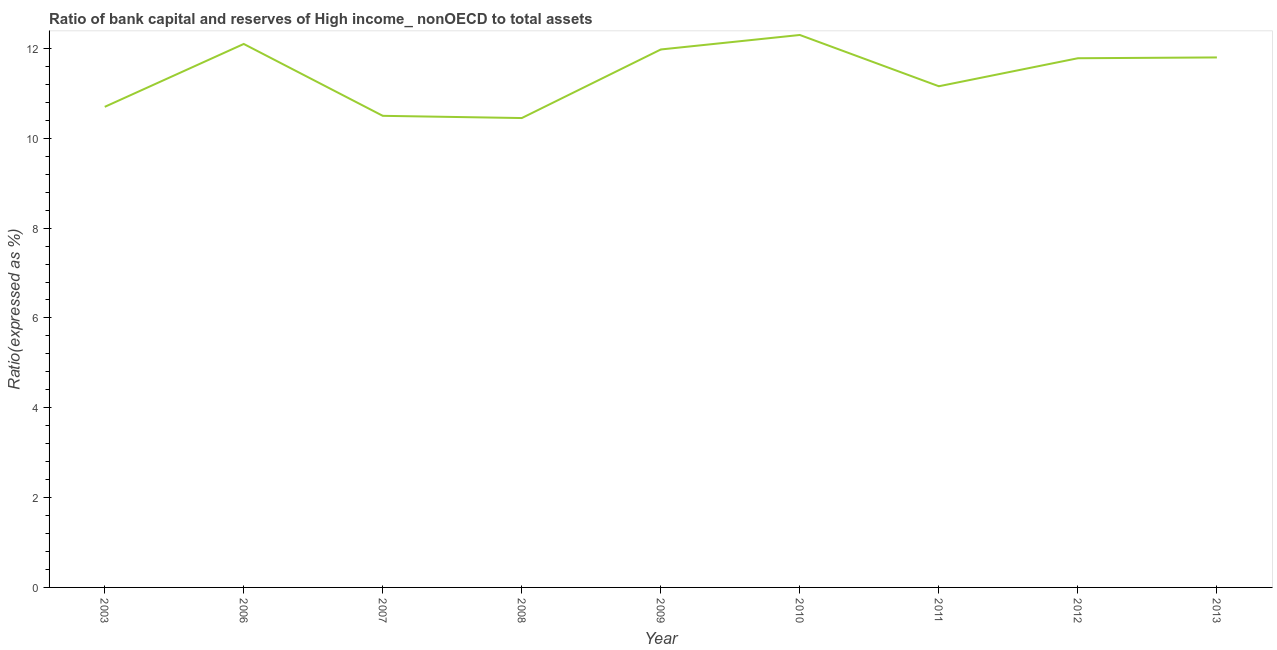
| Year | Bank capital to assets ratio |
 | --- | --- |
 | 2003 | 10.7 |
 | 2006 | 12.1 |
 | 2007 | 10.5 |
 | 2008 | 10.5 |
 | 2009 | 12 |
 | 2010 | 12.3 |
 | 2011 | 11.2 |
 | 2012 | 11.8 |
 | 2013 | 11.8 |